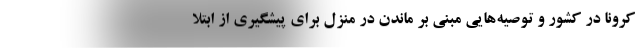
کرونا در کشور و توصیه‌هایی مبنی بر ماندن در منزل برای پیشگیری از ابتلا